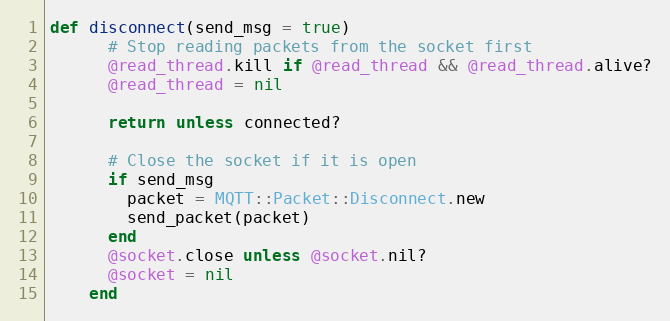
Language: Ruby
def disconnect(send_msg = true)
      # Stop reading packets from the socket first
      @read_thread.kill if @read_thread && @read_thread.alive?
      @read_thread = nil

      return unless connected?

      # Close the socket if it is open
      if send_msg
        packet = MQTT::Packet::Disconnect.new
        send_packet(packet)
      end
      @socket.close unless @socket.nil?
      @socket = nil
    end